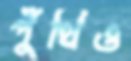
পুঁথিও